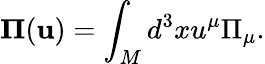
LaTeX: {}{\mathbf\Pi}({\mathbf u})=\int_{M}d^{3}xu^{\mu}{\Pi}_{\mu}.